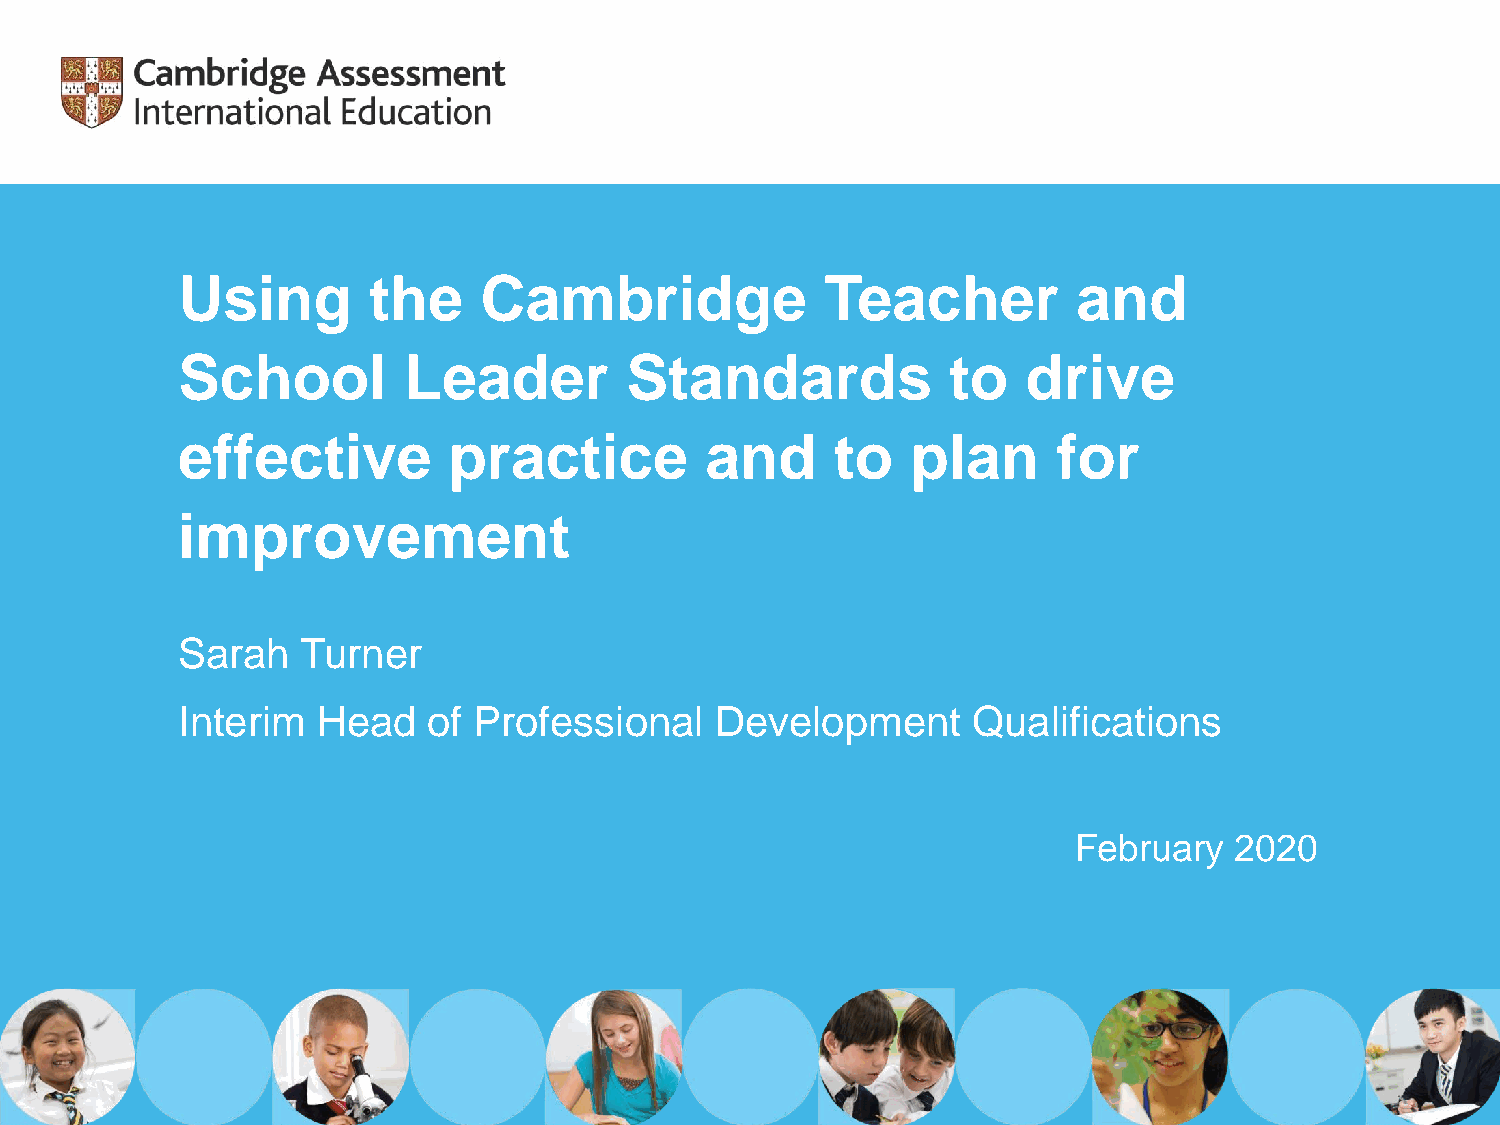
Using       the     Cambridge              Teacher         and
 School         Leader        Standards             to   drive
 effective         practice         and     to   plan      for
 improvement
 Sarah   Turner
 Interim  Head   of Professional    Development      Qualifications
 February   2020